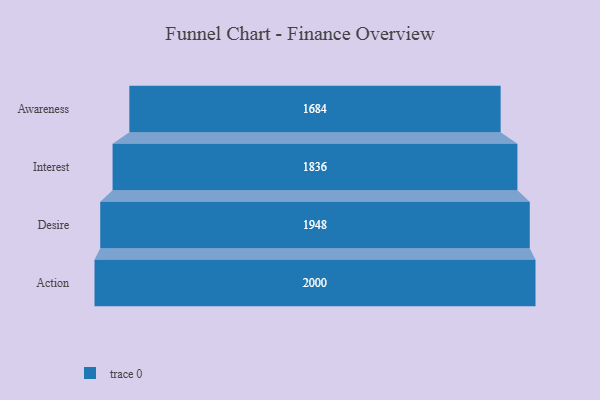
{"axis": {"x": "Stage", "y": "Value"}, "legend": [""], "data": [{"x": "Awareness", "y": 1684.0, "type": ""}, {"x": "Interest", "y": 1836.0, "type": ""}, {"x": "Desire", "y": 1948.0, "type": ""}, {"x": "Action", "y": 2000, "type": ""}]}